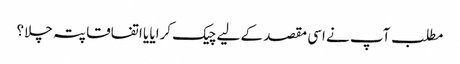
مطلب آپ نے اسی مقصد کے لیے چیک کرایا یا اتفاقا پتہ چلا؟